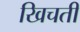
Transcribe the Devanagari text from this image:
खिचती